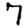
Digit: 7